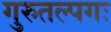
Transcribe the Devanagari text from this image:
गुरुतल्पगः